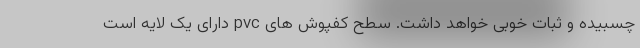
چسبیده و ثبات خوبی خواهد داشت. سطح کفپوش های pvc دارای یک لایه است